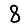
Digit: 8